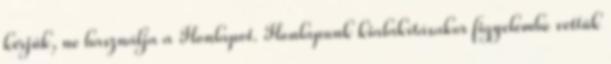
kérjük, ne használja a Honlapot. Honlapunk kialakításakor figyelembe vettük